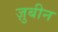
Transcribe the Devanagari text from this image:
ज़ुबीन